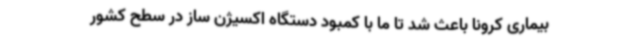
بیماری کرونا باعث شد تا ما با کمبود دستگاه اکسیژن ساز در سطح کشور